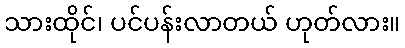
သားထိုင်၊ ပင်ပန်းလာတယ် ဟုတ်လား။